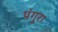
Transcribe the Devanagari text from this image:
पंगुरा